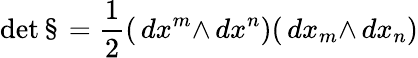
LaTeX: \operatorname*{det}{\S}={\frac{1}{2}}(\, d{x^{m}}{\wedge}\, d{x^{n}})(\, d{x_{m}}{\wedge}\, d{x_{n}})